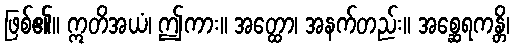
ဖြစ်၏။ ဣတိအယံ၊ ဤကား။ အတ္ထော၊ အနက်တည်း။ အစ္ဆေရကန္တိ၊